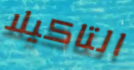
التاكيلا